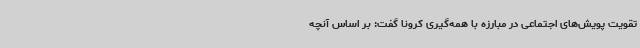
تقویت پویش‌های اجتماعی در مبارزه با همه‌گیری کرونا گفت: بر اساس آنچه